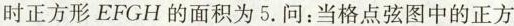
时正方形EFGH的面积为5.问：当格点弦图中的正方